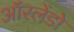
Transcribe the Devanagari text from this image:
ऑरलेंडो